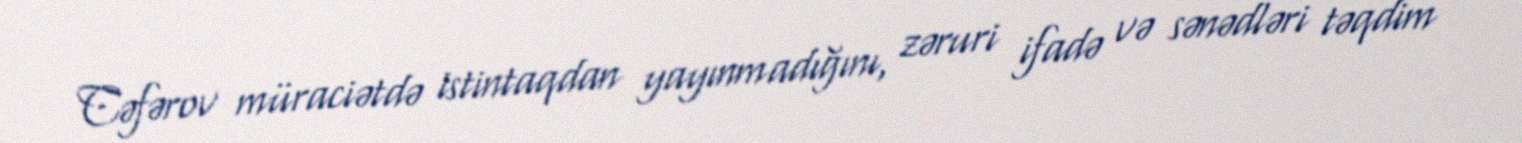
Cəfərov müraciətdə istintaqdan yayınmadığını, zəruri ifadə və sənədləri təqdim